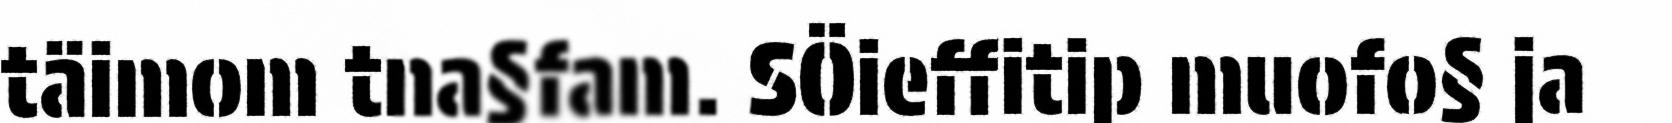
täimom tna§fam. SÖieffitip muofo§ ja